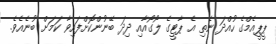
ޕީޕީއެމްގެ ހުއްދަ ނެތި އެ ޕާޓީގެ ލޯގޯއާއި ދިދަ ބޭނުންކޮށްފައިވާ ކަމަށް ބުނެއެވެ.